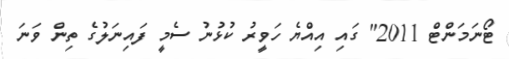
ޓޯނަމަންޓް 2011" ގައި އިއްޔެ ހަވީރު ކުޅުނު ސެމީ ފައިނަލުގެ ތިން ވަނަ